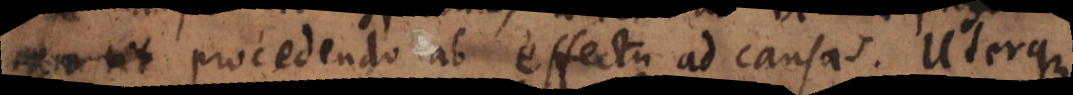
eruenda procedendo ab effectu ad causas. Uterque